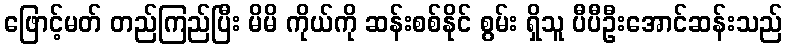
ဖြောင့်မတ် တည်ကြည်ပြီး မိမိ ကိုယ်ကို ဆန်းစစ်နိုင် စွမ်း ရှိသူ ပီပီဦးအောင်ဆန်းသည်